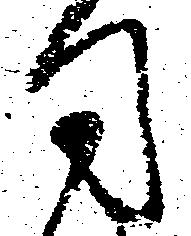
司